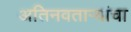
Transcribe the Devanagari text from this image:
अतिनवताऱ्यांचा